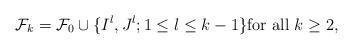
LaTeX: \begin{align*} \mathcal{F}_k = \mathcal{F}_0 \cup \{I^l,J^l; 1 \leq l \leq k-1 \} \mbox{for all } k \geq 2,\end{align*}